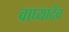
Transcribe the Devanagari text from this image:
वाघ्यादेव